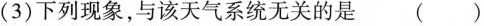
(3)下列现象，与该天气系统无关的是 ()